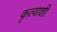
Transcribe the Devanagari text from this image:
कृत्याशी